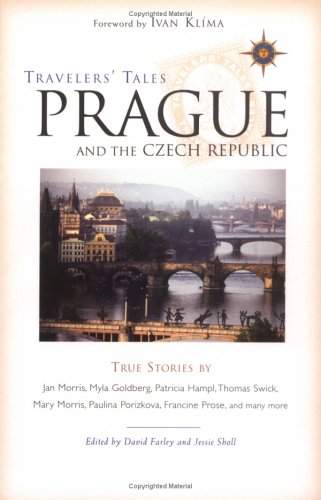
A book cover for Travelers' Tales Prague and the Czech Republic: True Stories (Travelers' Tales Guides); Travel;